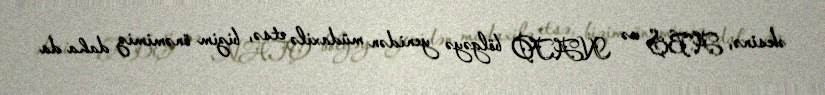
əksinə, ABŞ və NATO bölgəyə yenidən müdaxilə etsə, bizim önəmimiz daha da